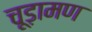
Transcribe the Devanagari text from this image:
चूड़ामण